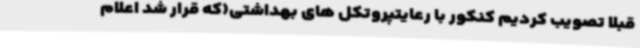
قبلا تصویب کردیم کنکور با رعایتپروتکل های بهداشتی(که قرار شد اعلام